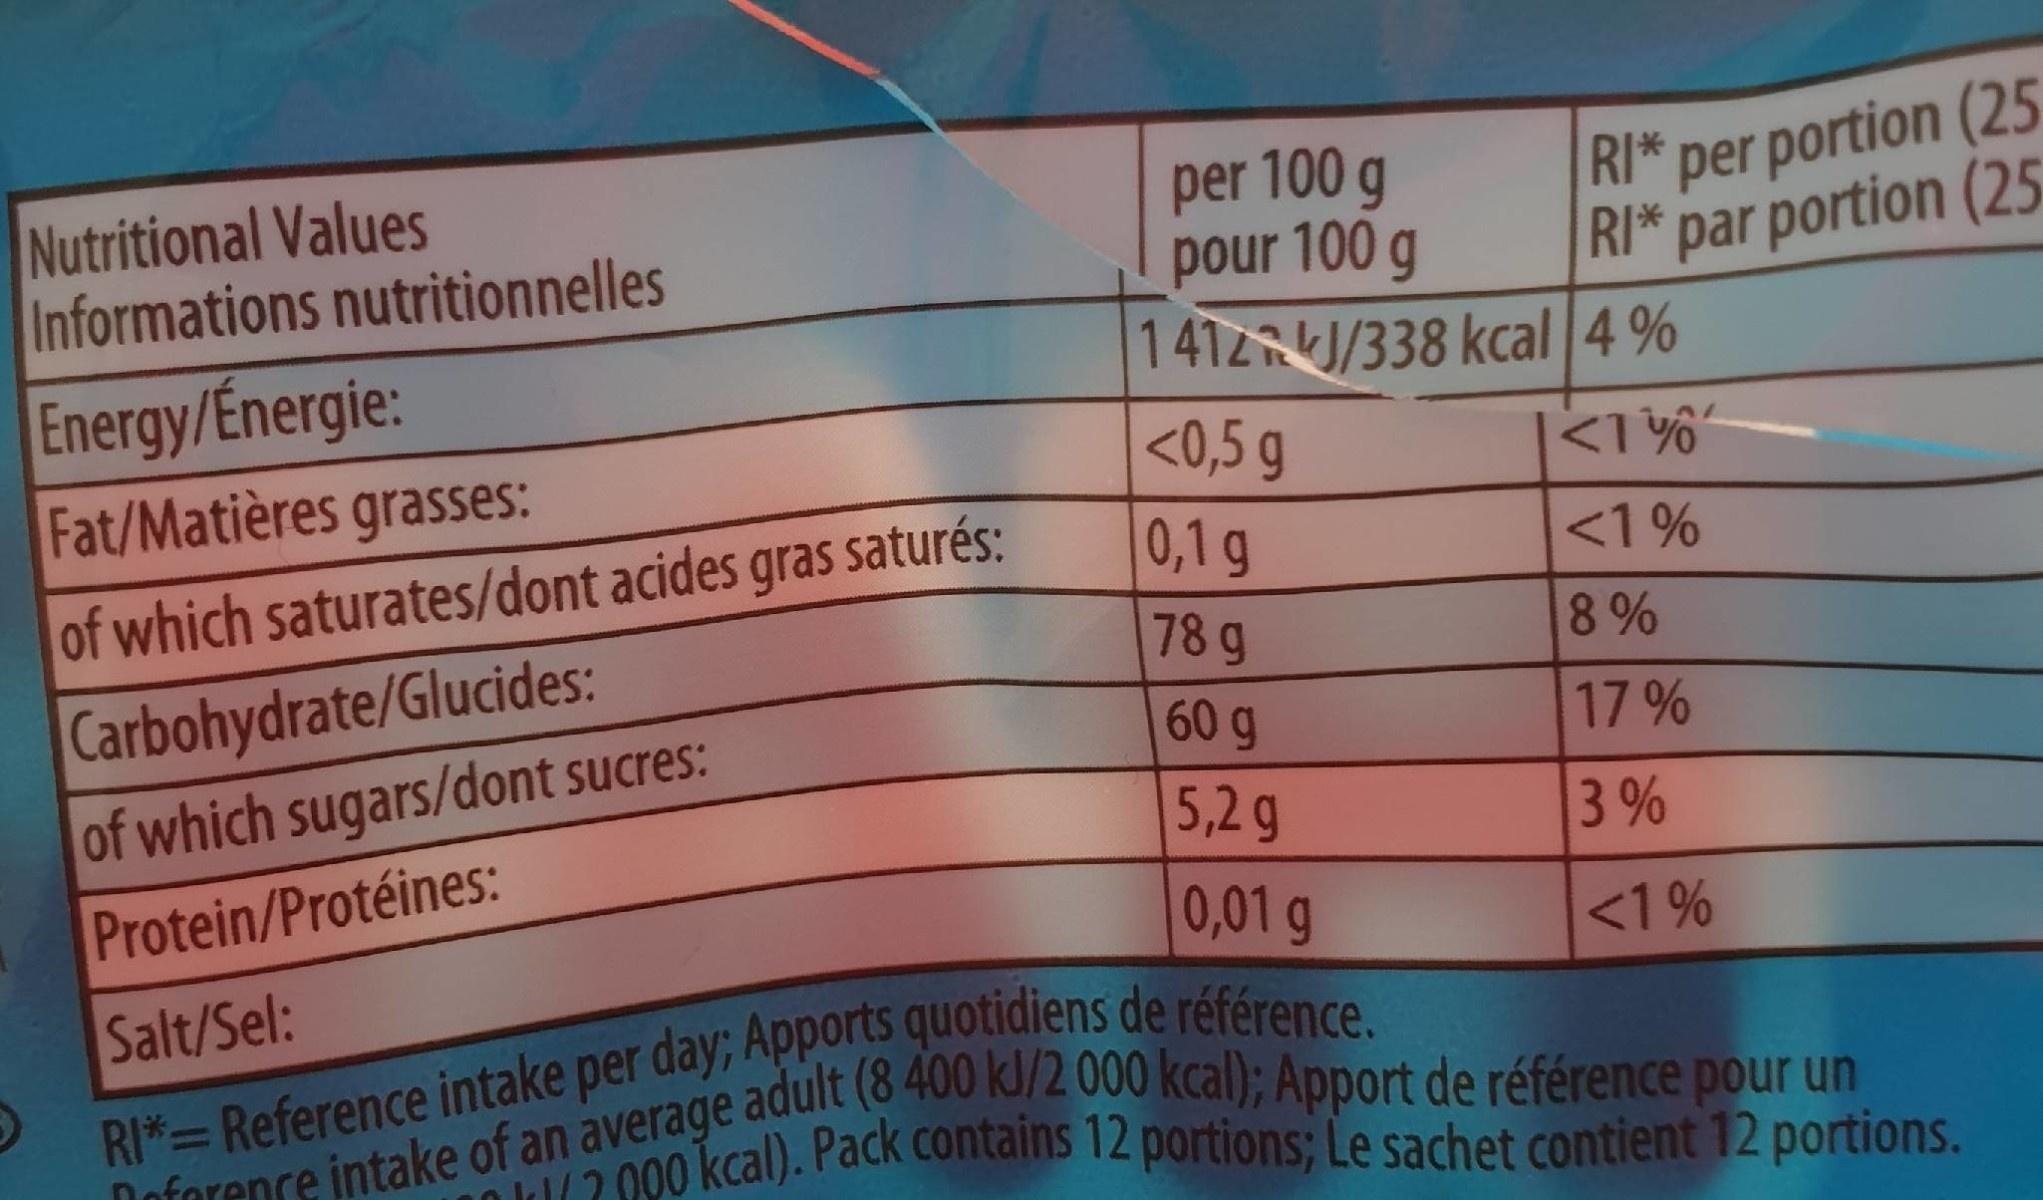
Nutritional Values Informations nutritionnelles
per 100 g pour 100 g 1412RKJ/338 kcal4%
RI* per portion (25 RI* par portion (25
Energy/Energie: Fat/Matières grasses:
<0,5 g
<1%
of which saturates/dont acides gras saturés:
0,1g
<1%
78 g 60g
8 %
Carbohydrate/Glucides:
17%
of which sugars/dont sucres:
5,2 g 0,01 g
3 %
Protein/Protéines: Salt/Sel: RI*= Reference intake per day; Apports quotidiens de référence.
<1%
Doforence intake of an average adult (8 400 kl/2 000 kcal); Apport de référence pour un
12.000kcal). Pack contains 12 portions; Le sachet contient 12 portions.